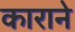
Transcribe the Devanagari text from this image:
काराने